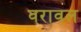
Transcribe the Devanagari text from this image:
वरावल